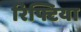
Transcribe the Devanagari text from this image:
रिफ्टिया